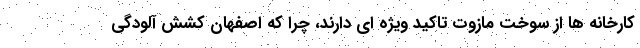
کارخانه ها از سوخت مازوت تاکید ویژه ای دارند، چرا که اصفهان کشش آلودگی